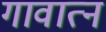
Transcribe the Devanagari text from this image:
गावात्न